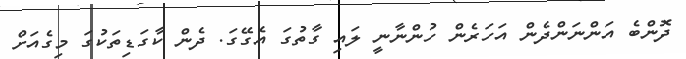
ދޮންބެ އަންނަންދެން އަހަރެން ހުންނާނީ ލައި ގާތުގަ އެގޭގަ. ދެން ކާގަޑިތަކުގަ މިގެއަށް